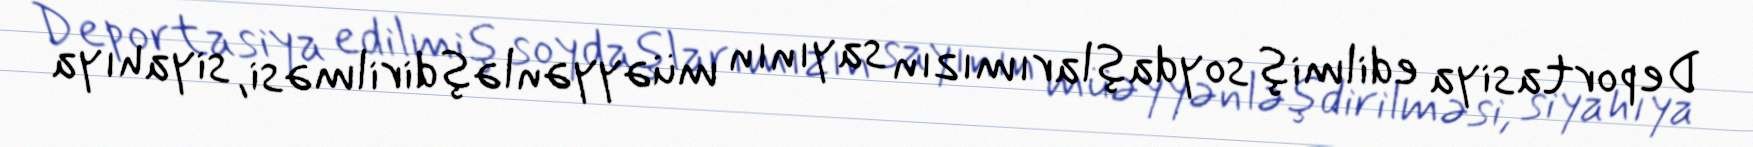
Deportasiya edilmiş soydaşlarımızın sayının müəyyənləşdirilməsi, siyahıya